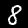
Label: 8